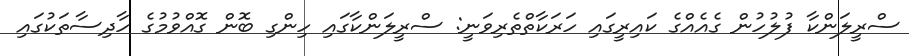
ސްރީލަންކާ ފުލުހުން ގެއެއްގެ ކައިރީގައި ހަރަކާތްތެރިވަނީ: ސްރީލަންކާގައި ހިންގި ބޮން ގޮއްވުމުގެ ހާދިސާތަކުގައި